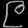
Digit: ၉